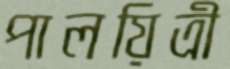
পালয়িত্রী